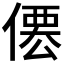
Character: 𠍍